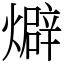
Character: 𤐙